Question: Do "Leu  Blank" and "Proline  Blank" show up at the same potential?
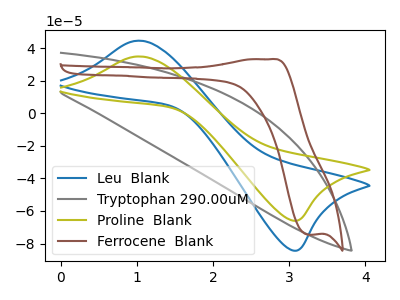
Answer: <think>The blue curve "Leu  Blank" has an anodic peak at (1.05V, 44.50uA) and a cathodic peak at (3.05V, -84.30uA). The gray curve "Tryptophan 290.00uM" has no peaks. The olive curve "Proline  Blank" has an anodic peak at (1.05V, 34.80uA) and a cathodic peak at (3.05V, -65.95uA). The brown curve "Ferrocene  Blank" has an anodic peak at (2.75V, 33.15uA) and a cathodic peak at (3.25V, -74.55uA).
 All the peaks in "Leu  Blank" have a peak in "Proline  Blank" at the same potential. Every peak in "Leu  Blank" is higher than every peak in "Proline  Blank".</think>
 <answer>"Leu  Blank" and "Proline  Blank" are similar in shape.</answer>
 <eval>same_shape</eval>